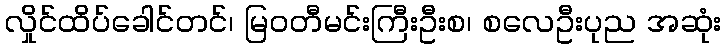
လှိုင်ထိပ်ခေါင်တင်၊ မြဝတီမင်းကြီးဦးစ၊ စလေဦးပုည အဆုံး